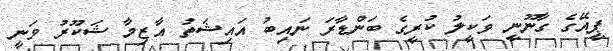
ޕީއޭގެ ގާނޫނީ ވަކީލު ކުރީގެ ބަންޑާރަ ނައިބު އައިޝަތު އާޒިމާ ޝަކޫރު ވަނީ